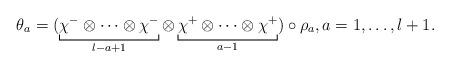
LaTeX: \begin{align*}\theta_a = (\underbracket[.6pt]{\chi^- \otimes \cdots \otimes \chi^-}_{l - a + 1} \otimes \underbracket[.6pt]{\chi^+ \otimes \cdots \otimes \chi^+}_{a - 1}) \circ \rho_a, a = 1, \ldots, l+1.\end{align*}